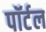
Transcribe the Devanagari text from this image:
पॉर्टल